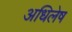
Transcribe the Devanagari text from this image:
अधिलेष